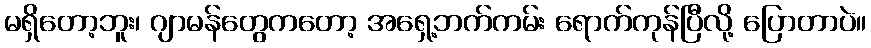
မရှိတော့ဘူး၊ ဂျာမန်တွေကတော့ အရှေ့ဘက်ကမ်း ရောက်ကုန်ပြီလို့ ပြောတာပဲ။